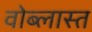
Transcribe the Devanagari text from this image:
वोब्लास्त